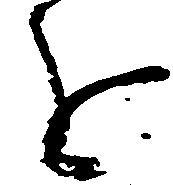
を